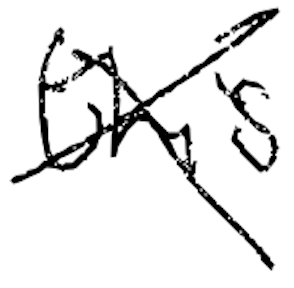
Text: this
Cross-out: cross
Writing tool: digital_black